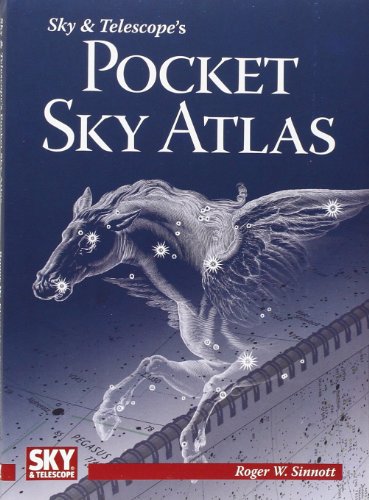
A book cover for Sky & Telescope's Pocket Sky Atlas; Roger W. Sinnott; Science & Math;